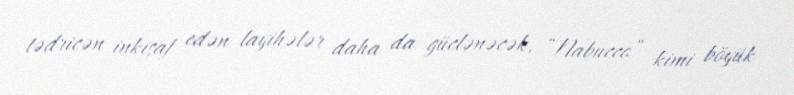
tədricən inkişaf edən layihələr daha da güclənəcək, “Nabucco” kimi böyük